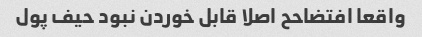
واقعا افتضاحح اصلا قابل خوردن نبود حیف پول